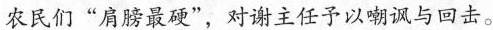
农民们“肩膀最硬”，对谢主任予以嘲讽与回击。